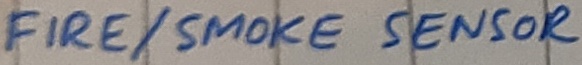
Text: FIRE/SMOKE SENSOR